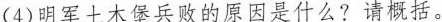
(4)明军土木堡兵败的原因是什么?请概括。